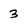
Character: 3